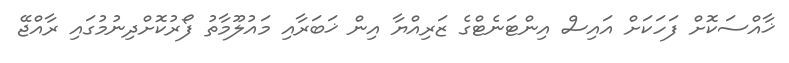
ޚާއްސަކޮށް ފަހަކަށް އައިސް އިންޓަނެޓްގެ ޒަރިއްޔާ އިން ޚަބަރާއި މައުލޫމާތު ފޯރުކޮށްދިނުމުގައި ރާއްޖޭ